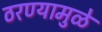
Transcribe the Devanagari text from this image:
ठरण्यामुळे